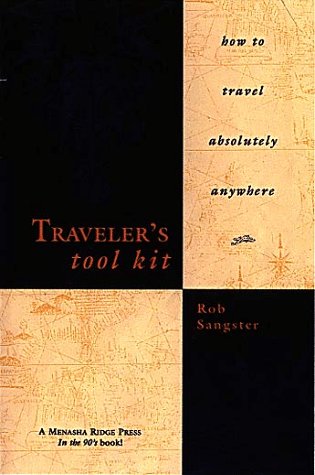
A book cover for Traveler's Tool Kit: How to Travel Absolutely Anywhere; Rob Sangster; Travel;